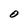
Character: O